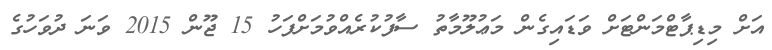
އަށް މިޑިޕާޓްމަންޓަށް ވަޑައިގެން މަޢުލޫމާތު ސާފުކުރެއްވުމަށްފަހު 15 ޖޫން 2015 ވަނަ ދުވަހުގެ